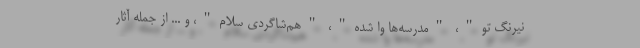
نیرنگ تو"، "مدرسه‌ها وا شده"، "هم‌شاگردی سلام"، و ... از جمله آثار